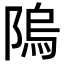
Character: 隖